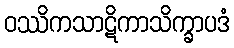
ဝဿိကသာဋိကာသိက္ခာပဒံ